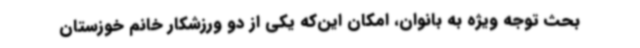
بحث توجه ویژه به بانوان، امکان این‌که یکی از دو ورزشکار خانم خوزستان